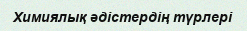
Химиялық әдістердің түрлері